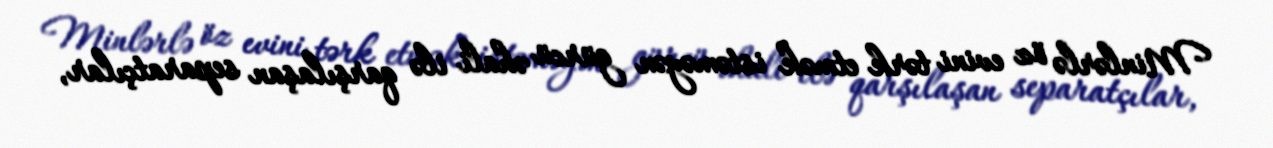
Minlərlə öz evini tərk etmək istəməyən gürcü əhali ilə qarşılaşan separatçılar,